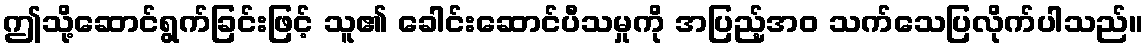
ဤသို့ဆောင်ရွက်ခြင်းဖြင့် သူ၏ ခေါင်းဆောင်ပီသမှုကို အပြည့်အဝ သက်သေပြလိုက်ပါသည်။